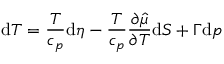
\mathrm { d } T = \frac { T } { c _ { p } } \mathrm { d } \eta - \frac { T } { c _ { p } } \frac { \partial \hat { \mu } } { \partial T } \mathrm { d } S + \Gamma \mathrm { d } p